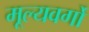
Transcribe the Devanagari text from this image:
मूल्यवर्गो